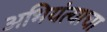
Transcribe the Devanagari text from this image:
अभियंत्याचा